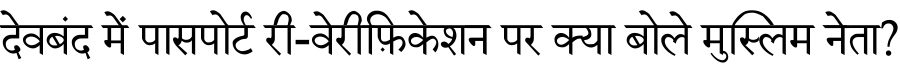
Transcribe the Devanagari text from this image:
देवबंद में पासपोर्ट री-वेरीफ़िकेशन पर क्या बोले मुस्लिम नेता?